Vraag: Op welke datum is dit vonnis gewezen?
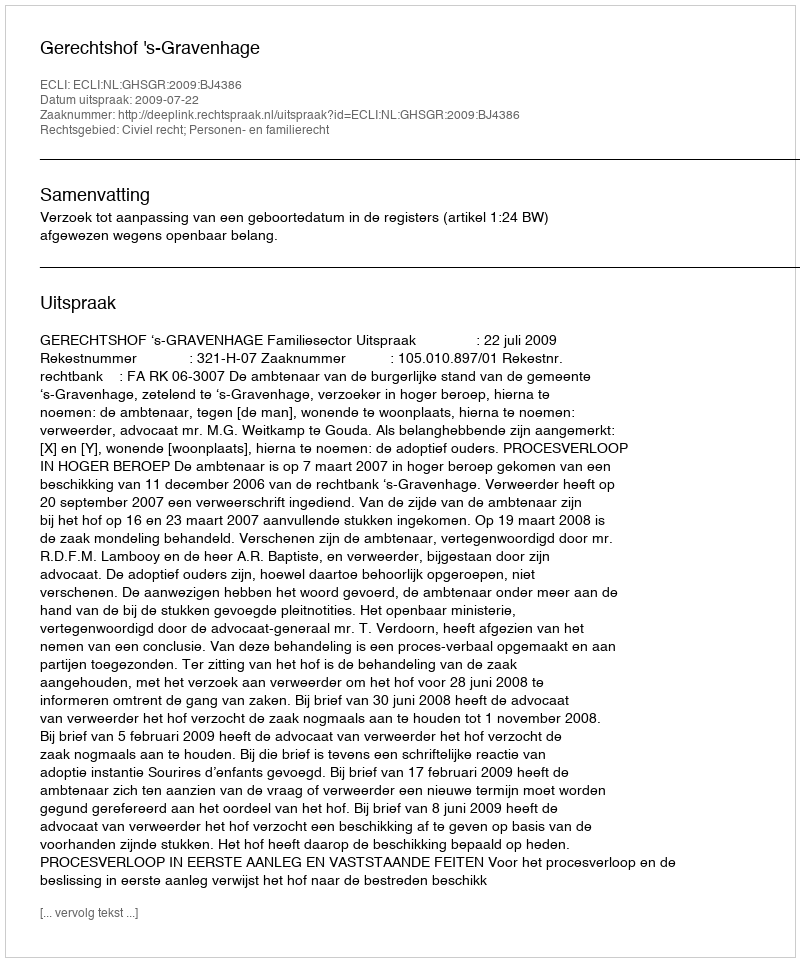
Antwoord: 2009-07-22